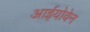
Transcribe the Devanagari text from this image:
आईयोवेन